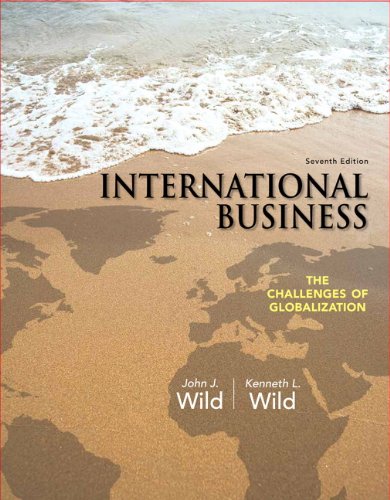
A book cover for International Business: The Challenges of Globalization (7th Edition); John J. Wild; Business & Money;